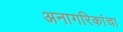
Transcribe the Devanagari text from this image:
अनागरिकांचा